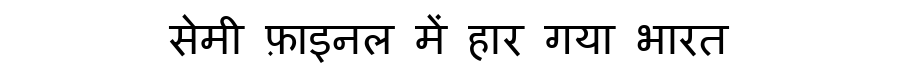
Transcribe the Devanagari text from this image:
सेमी फ़ाइनल में हार गया भारत